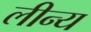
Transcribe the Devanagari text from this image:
लीन्य